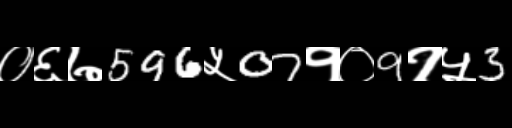
Text: ०६७596५07१०9१५3